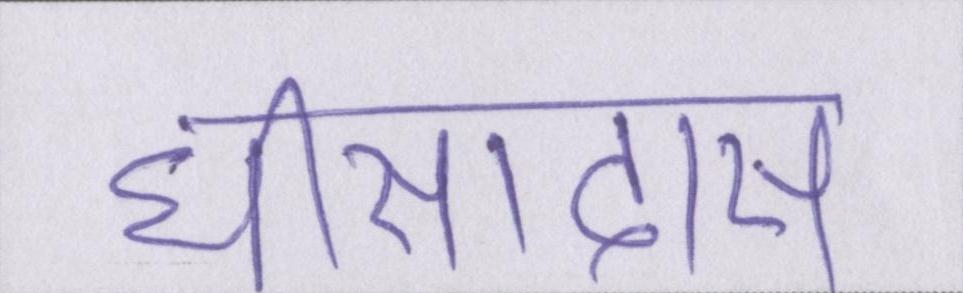
घीसादास